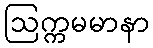
ဩက္ကမမာနာ